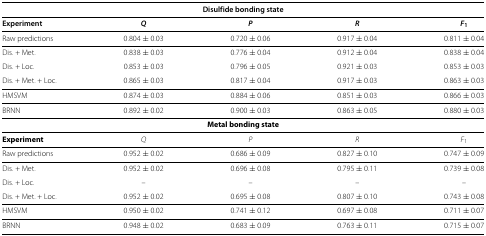
<table><thead><tr><td colspan="5"><b>Disulfide bonding state</b></td></tr></thead><tbody><tr><td><b>Experiment</b></td><td><b><i>Q</i></b></td><td><b><i>P</i></b></td><td><b><i>R</i></b></td><td><b><i>F</i></b><sub><b>1</b></sub></td></tr><tr><td>Raw predictions</td><td>0.804 ± 0.03</td><td>0.720 ± 0.06</td><td>0.917 ± 0.04</td><td>0.811 ± 0.04</td></tr><tr><td>Dis. + Met.</td><td>0.838 ± 0.03</td><td>0.776 ± 0.04</td><td>0.912 ± 0.04</td><td>0.838 ± 0.04</td></tr><tr><td>Dis. + Loc.</td><td>0.853 ± 0.03</td><td>0.796 ± 0.05</td><td>0.921 ± 0.03</td><td>0.853 ± 0.03</td></tr><tr><td>Dis. + Met. + Loc.</td><td>0.865 ± 0.03</td><td>0.817 ± 0.04</td><td>0.917 ± 0.03</td><td>0.863 ± 0.03</td></tr><tr><td>HMSVM</td><td>0.874 ± 0.03</td><td>0.884 ± 0.06</td><td>0.851 ± 0.03</td><td>0.866 ± 0.03</td></tr><tr><td>BRNN</td><td>0.892 ± 0.02</td><td>0.900 ± 0.03</td><td>0.863 ± 0.05</td><td>0.880 ± 0.03</td></tr><tr><td colspan="5"><b>Metal bonding state</b></td></tr><tr><td><b>Experiment</b></td><td><i>Q</i></td><td><i>P</i></td><td><i>R</i></td><td><i>F</i><sub>1</sub></td></tr><tr><td>Raw predictions</td><td>0.952 ± 0.02</td><td>0.686 ± 0.09</td><td>0.827 ± 0.10</td><td>0.747 ± 0.09</td></tr><tr><td>Dis. + Met.</td><td>0.952 ± 0.02</td><td>0.696 ± 0.08</td><td>0.795 ± 0.11</td><td>0.739 ± 0.08</td></tr><tr><td>Dis. + Loc.</td><td>–</td><td>–</td><td>–</td><td>–</td></tr><tr><td>Dis. + Met. + Loc.</td><td>0.952 ± 0.02</td><td>0.695 ± 0.08</td><td>0.807 ± 0.10</td><td>0.743 ± 0.08</td></tr><tr><td>HMSVM</td><td>0.950 ± 0.02</td><td>0.741 ± 0.12</td><td>0.697 ± 0.08</td><td>0.711 ± 0.07</td></tr><tr><td>BRNN</td><td>0.948 ± 0.02</td><td>0.683 ± 0.09</td><td>0.763 ± 0.11</td><td>0.715 ± 0.07</td></tr></tbody></table>